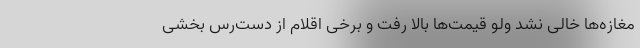
مغازه‌ها خالی نشد ولو قیمت‌ها بالا رفت و برخی اقلام از دست‌رس بخشی